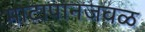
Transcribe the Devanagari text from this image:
माटापानजवळ